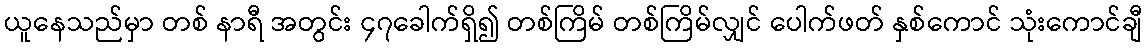
ယူနေသည်မှာ တစ် နာရီ အတွင်း ၄၇ခေါက်ရှိ၍ တစ်ကြိမ် တစ်ကြိမ်လျှင် ပေါက်ဖတ် နှစ်ကောင် သုံးကောင်ချီ